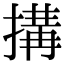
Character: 搆